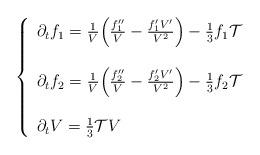
LaTeX: \begin{align*}\left\{\begin{array}{l}\partial_t f_1= \frac{1}{V}\Big(\frac{f_1''}{V}- \frac{f_1'V'}{V^2}\Big) -\frac{1}{3}f_1 \mathcal{T}\\\\\partial_t f_2= \frac{1}{V}\Big(\frac{f_2''}{V}- \frac{f_2'V'}{V^2}\Big) -\frac{1}{3}f_2 \mathcal{T}\\\\\partial_t V= \frac{1}{3}\mathcal{T}V\end{array}\right.\end{align*}